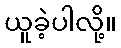
ယူခဲ့ပါလို့။